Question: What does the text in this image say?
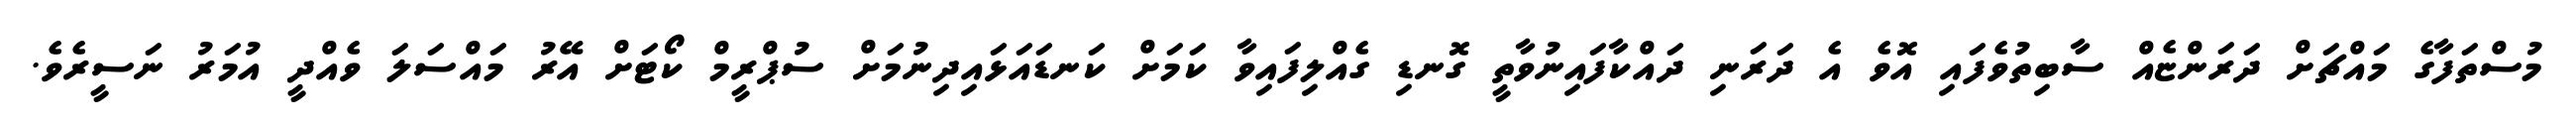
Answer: މުސްތަފާގެ މައްޗަށް ދަރަންޏެއް ސާބިތުވެފައި އޮވެ އެ ދަރަނި ދައްކާފައިނުވާތީ ގޮނޑި ގެއްލިފައިވާ ކަމަށް ކަނޑައަޅައިދިނުމަށް ސުޕްރީމް ކޯޓަށް އޭރު މައްސަލަ ވެއްދީ އުމަރު ނަސީރެވެ.